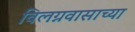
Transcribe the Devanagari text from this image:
विलग्नवासाच्या